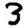
Digit: 3